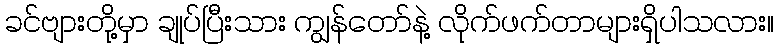
ခင်ဗျားတို့မှာ ချုပ်ပြီးသား ကျွန်တော်နဲ့ လိုက်ဖက်တာများရှိပါသလား။